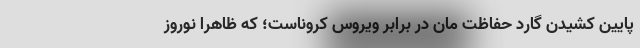
پایین کشیدن گارد حفاظت مان در برابر ویروس کروناست؛ که ظاهرا نوروز